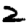
Digit: 2